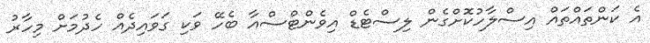
އެ ކަންތައްތައް އިސްލާހުކޮށްގެން ލިސްޓެޑް އިވެންޓްސްއާ ބެހޭ ވަކި ގަވައިދެއް ހެދުމަށް މިހާރު